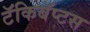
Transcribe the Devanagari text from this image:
टॅकिबॅप्टस